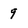
Character: 9